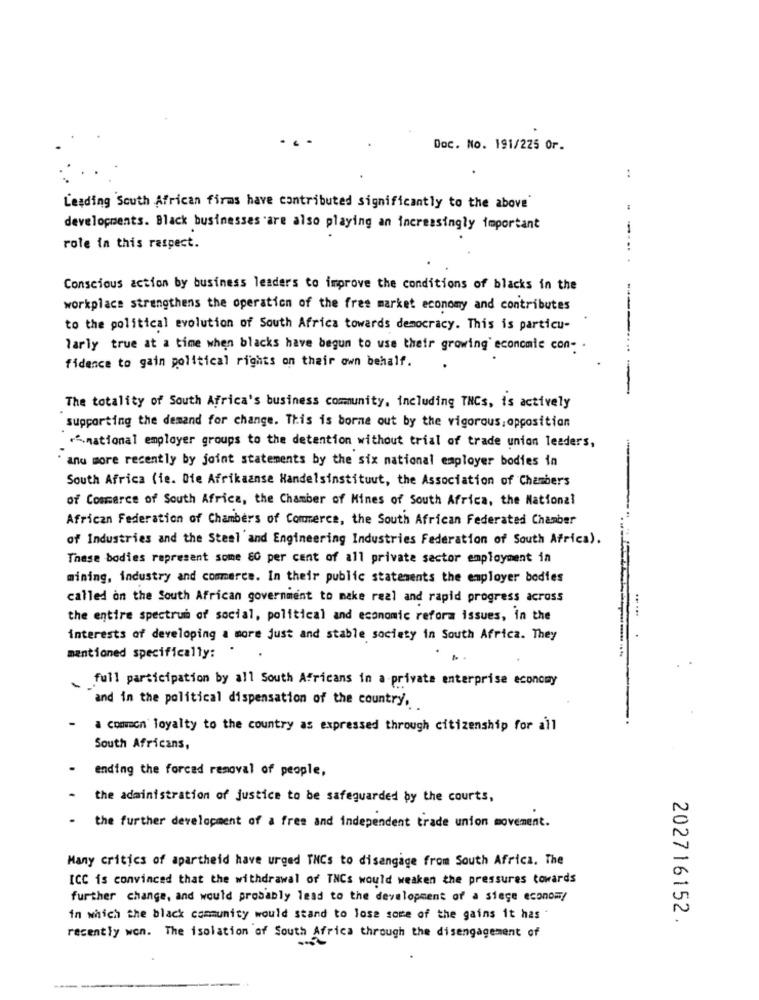
Doc. No. 191/225 Or.
:
Leading South African firms have contributed significantly to the above
developments. Black businesses are also playing an increasingly important
role in this respect.
Conscious action by business leaders to improve the conditions of blacks in the
workplace strengthens the operation of the free market economy and contributes
to the political evolution of South Africa towards democracy. This is particu-
larly true at a time when blacks have begun to use their growing' economic con-
...
fidence to gain political rights on their own behalf.
The totality of South Africa's business community, including THCs, is actively
supporting the demand for change. This is borne out by the vigorous, opposition
*Anational employer groups to the detention without trial of trade union leaders,
anu more recently by joint statements by the six national employer bodies in
South Africa (fe. Ofe Afrikaanse Handelsinstituut, the Association of Chambers
of Commerce of South Africa, the Chamber of Mines of South Africa, the National
African Federation of Chambers of Commerce, the South African Federated Chamber
of Industries and the Steel and Engineering Industries Federation of South Africa).
These bodies represent some 80 per cent of all private sector employment in
mining, industry and commerce. In their public statements the employer bodies
called on the South African government to make real and rapid progress across
.....
the entire spectrum of social, political and economic reform issues, in the
interests of developing a more just and stable society in South Africa. They
mentioned specifically:
full participation by all South Africans in a private enterprise economy
and in the political dispensation of the country,
a common loyalty to the country as expressed through citizenship for all
South Africans,
.
ending the forced removal of people,
- the administration of justice to be safeguarded by the courts,
- the further development of a free and independent trade union movement.
Many critics of apartheid have urged THCs to disengage from South Africa. The
ICC is convinced that the withdrawal of TNCs would weaken the pressures towards
further change, and would probably lead to the development of a siege economy
in which the black community would stand to lose some of the gains it has
202716152.
recently won. The isolation of South Africa through the disengagement of